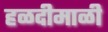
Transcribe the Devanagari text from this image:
हळदीमाळी